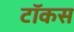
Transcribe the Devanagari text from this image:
टॉकस